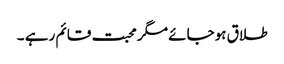
طلاق ہوجائے مگر محبت قائم رہے ۔